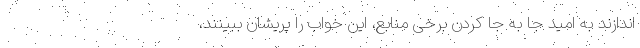
اندازند به امید جا به جا کردن برخی منابع، این خواب را پریشان ببینند،